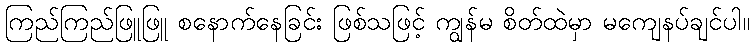
ကြည်ကြည်ဖြူဖြူ စနောက်နေခြင်း ဖြစ်သဖြင့် ကျွန်မ စိတ်ထဲမှာ မကျေနပ်ချင်ပါ။